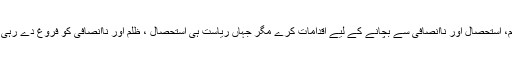
پاکستان کا آئین ریاست کو پابند کرتا ہے کہ وہ اپنے شہریوں کو ظلم، استحصال اور ناانصافی سے بچانے کے لیے اقدامات کرے مگر جہاں ریاست ہی استحصال ، ظلم اور ناانصافی کو فروغ دے رہی ہو تو وہاں محنت کشوں کے حقوق کی حفاظت وہ کیسے کرے گی۔